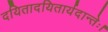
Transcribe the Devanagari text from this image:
दयितादयितार्यदान्तेः।